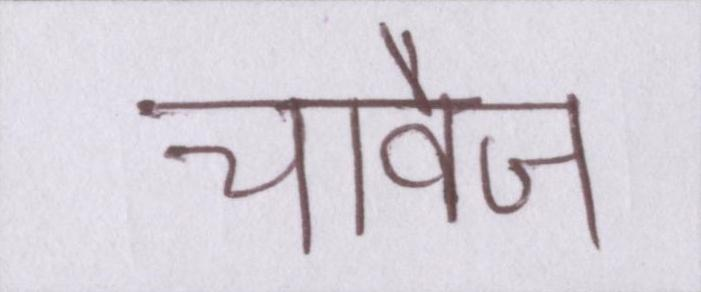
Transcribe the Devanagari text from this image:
चावेज